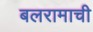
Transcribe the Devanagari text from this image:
बलरामाची